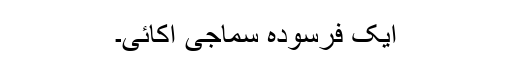
ایک فرسودہ سماجی اکائی۔